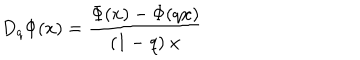
D _ { q } \Phi ( x ) = \frac { \Phi ( x ) - \Phi ( q x ) } { ( 1 - q ) \ x }